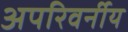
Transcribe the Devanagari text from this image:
अपरिवर्नीय